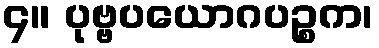
၄။ ပုဗ္ဗပယောဂပဉ္စက၊